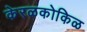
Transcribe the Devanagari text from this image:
केरळकोकिळ